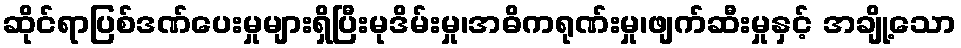
ဆိုင်ရာပြစ်ဒဏ်ပေးမှုများရှိပြီးမုဒိမ်းမှု၊အဓိကရုဏ်းမှု၊ဖျက်ဆီးမှုနှင့် အချို့သော